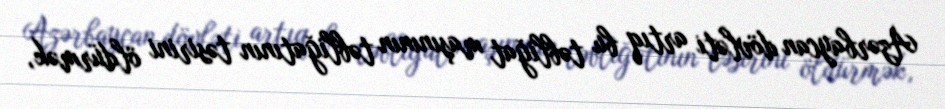
Azərbaycan dövləti artıq bu təbliğat maşınının təbliğatının təsirini öldürmək,